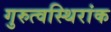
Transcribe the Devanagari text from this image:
गुरुत्वस्थिरांक